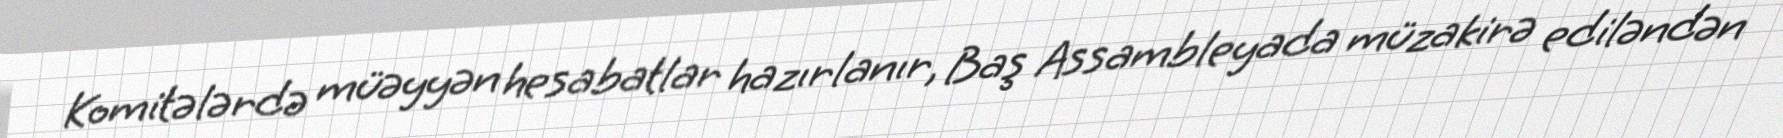
Komitələrdə müəyyən hesabatlar hazırlanır, Baş Assambleyada müzakirə ediləndən